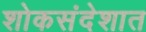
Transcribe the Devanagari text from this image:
शोकसंदेशात